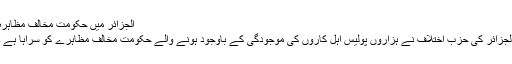
الجزائر میں حکومت مخالف مظاہرہ
الجزائر کی حزب اختلاف نے ہزاروں پولیس اہل کاروں کی موجودگی کے باوجود ہونے والے حکومت مخالف مظاہرے کو سراہا ہے ۔